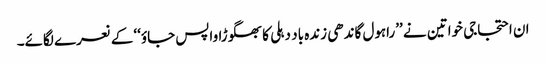
ان احتجاجی خواتین نے ’’راہول گاندھی زندہ باد دہلی کا بھگوڑا واپس جاؤ‘‘ کے نعرے لگائے۔